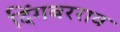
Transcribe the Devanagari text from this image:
दिंगबरराव